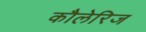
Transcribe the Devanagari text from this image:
कौलेरिज